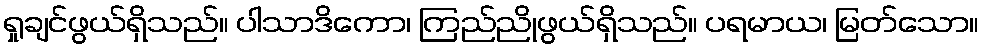
ရှုချင်ဖွယ်ရှိသည်။ ပါသာဒိကော၊ ကြည်ညိုဖွယ်ရှိသည်။ ပရမာယ၊ မြတ်သော။